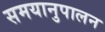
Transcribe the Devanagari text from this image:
समयानुपालन